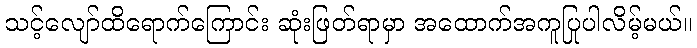
သင့်လျော်ထိရောက်ကြောင်း ဆုံးဖြတ်ရာမှာ အထောက်အကူပြုပါလိမ့်မယ်။